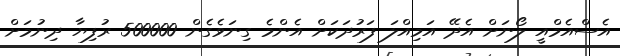
އެސްއެމްއީ ލޯނަށް އެދޭ އަމިއްލަ ފަރުދަކަށް އެންމެ ގިނަވެގެން 500000 ރުފިޔާ ދިނުމަށް